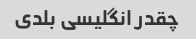
چقدر انگلیسی بلدی